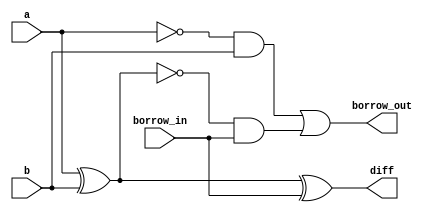
module full_subtractor (
    a,
    b,
    borrow_in,
    borrow_out,
    diff
);

  input a, b, borrow_in;
  output borrow_out, diff;

  wire w1, not_a, w2, not_w1, w3;

  xor xor1 (diff, a, b, borrow_in);

  xor xor2 (w1, a, b);
  not not1 (not_a, a);
  and and1 (w2, not_a, b);

  not not2 (not_w1, w1);
  and and2 (w3, not_w1, borrow_in);

  or or1 (borrow_out, w2, w3);

endmodule

`timescale 1ps / 1ps

module testbench;

  reg a, b, borrow_in;
  wire borrow_out, diff;

  full_subtractor dut (
      a,
      b,
      borrow_in,
      borrow_out,
      diff
  );

  initial begin
    //initializing the inputs 
    a = 0;
    b = 0;
    borrow_in = 0;
  end

  /* from the truth table of 3 variables (a, b, borrow_in)
we can observe that 'a' changes from 0 to 1 or vice-versa after each 4 iteration, 'b' changes after each 2 iterations and 'borrow_in' changes at each iteration. 
Using that login, always blocks can be used to update values and check the dut for all 8 combinations (000, 001, 010 etc)
*/
  always #4 a = a + 1'b1;
  always #2 b = b + 1'b1;
  always #1 borrow_in = borrow_in + 1'b1;

  initial begin
    $monitor("time = %g, a = %b, b = %b, borrow_in = %b, borrow_out = %b, diff = %b", $time, a, b,
             borrow_in, borrow_out, diff);
  end

  initial #20 $finish;

endmodule

/*OUTPUT:
time = 0, a = 0, b = 0, borrow_in = 0, borrow_out = 0, diff = 0
time = 1, a = 0, b = 0, borrow_in = 1, borrow_out = 1, diff = 1
time = 2, a = 0, b = 1, borrow_in = 0, borrow_out = 1, diff = 1
time = 3, a = 0, b = 1, borrow_in = 1, borrow_out = 1, diff = 0
time = 4, a = 1, b = 0, borrow_in = 0, borrow_out = 0, diff = 1
time = 5, a = 1, b = 0, borrow_in = 1, borrow_out = 0, diff = 0
time = 6, a = 1, b = 1, borrow_in = 0, borrow_out = 0, diff = 0
time = 7, a = 1, b = 1, borrow_in = 1, borrow_out = 1, diff = 1
time = 8, a = 0, b = 0, borrow_in = 0, borrow_out = 0, diff = 0
time = 9, a = 0, b = 0, borrow_in = 1, borrow_out = 1, diff = 1
time = 10, a = 0, b = 1, borrow_in = 0, borrow_out = 1, diff = 1
time = 11, a = 0, b = 1, borrow_in = 1, borrow_out = 1, diff = 0
time = 12, a = 1, b = 0, borrow_in = 0, borrow_out = 0, diff = 1
time = 13, a = 1, b = 0, borrow_in = 1, borrow_out = 0, diff = 0
time = 14, a = 1, b = 1, borrow_in = 0, borrow_out = 0, diff = 0
time = 15, a = 1, b = 1, borrow_in = 1, borrow_out = 1, diff = 1
time = 16, a = 0, b = 0, borrow_in = 0, borrow_out = 0, diff = 0
time = 17, a = 0, b = 0, borrow_in = 1, borrow_out = 1, diff = 1
time = 18, a = 0, b = 1, borrow_in = 0, borrow_out = 1, diff = 1
time = 19, a = 0, b = 1, borrow_in = 1, borrow_out = 1, diff = 0
time = 20, a = 1, b = 0, borrow_in = 0, borrow_out = 0, diff = 1 
*/